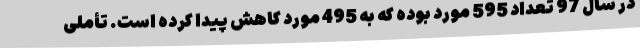
در سال 97 تعداد 595 مورد بوده که به 495 مورد کاهش پیدا کرده است. تأملی